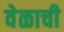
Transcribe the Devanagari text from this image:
वेळाची